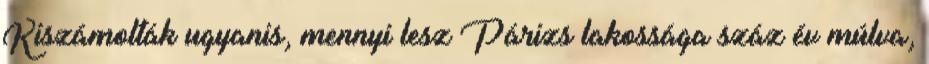
Kiszámolták ugyanis, mennyi lesz Párizs lakossága száz év múlva,